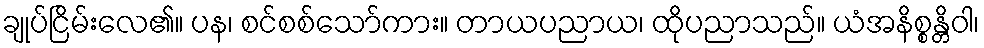
ချုပ်ငြိမ်းလေ၏။ ပန၊ စင်စစ်သော်ကား။ တာယပညာယ၊ ထိုပညာသည်။ ယံအနိစ္စန္တိဝါ၊